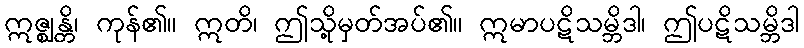
ဣဇ္ဈန္တိ၊ ကုန်၏။ ဣတိ၊ ဤသို့မှတ်အပ်၏။ ဣမာပဋိသမ္ဘိဒါ၊ ဤပဋိသမ္ဘိဒါ